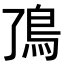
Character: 𬶼